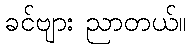
ခင်ဗျား ညာတယ်။